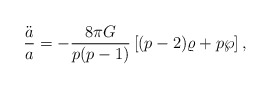
\begin{align*}{\ddot{a}\over a}=-{{8\pi G}\over{p(p-1)}}\left[(p-2)\varrho+p\wp\right],\end{align*}